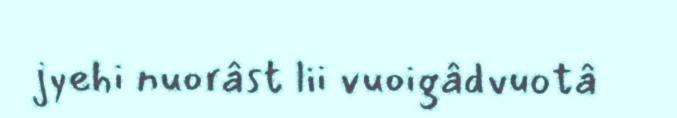
jyehi nuorâst lii vuoigâdvuotâ